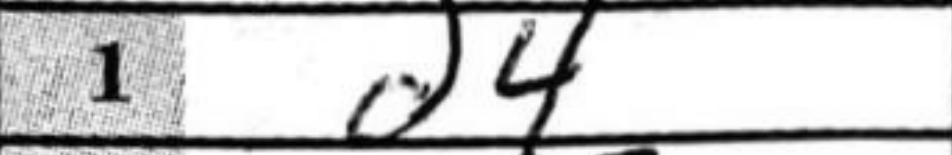
Transcription: d4